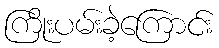
ကြိုးပမ်းခဲ့ကြောင်း